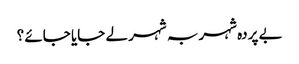
بے پردہ شہر بہ شہر لے جایا جائے ؟